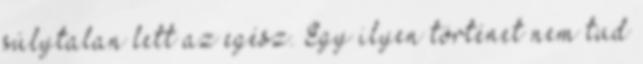
súlytalan lett az egész. Egy ilyen történet nem tud